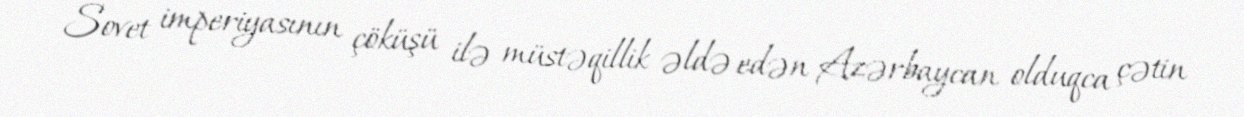
Sovet imperiyasının çöküşü ilə müstəqillik əldə edən Azərbaycan olduqca çətin